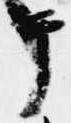
テ